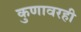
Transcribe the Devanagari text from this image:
कुणावरही